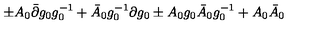
\pm A _ { 0 } \bar { \partial } g _ { 0 } g _ { 0 } ^ { - 1 } + \bar { A } _ { 0 } g _ { 0 } ^ { - 1 } \partial g _ { 0 } \pm A _ { 0 } g _ { 0 } \bar { A } _ { 0 } g _ { 0 } ^ { - 1 } + A _ { 0 } \bar { A } _ { 0 }